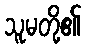
သူမတို့၏